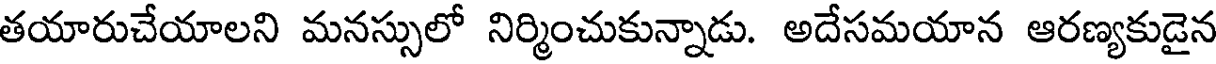
తయారుచేయాలని మనస్సులో నిర్మించుకున్నాడు. అదేసమయాన ఆరణ్యకుడైన